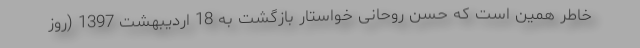
خاطر همین است که حسن روحانی خواستار بازگشت به 18 اردیبهشت 1397 (روز